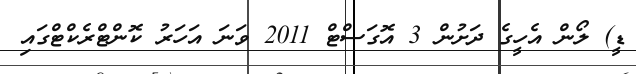
ޑީ) ލޯން އެހީގެ ދަށުން 3 އޮގަސްޓް 2011 ވަނަ އަހަރު ކޮންޓްރެކްޓްގައި